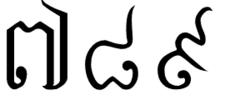
៧ ៨ ៩